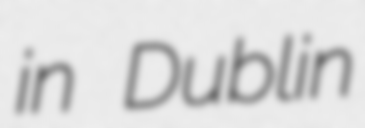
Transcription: in Dublin